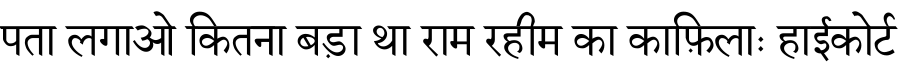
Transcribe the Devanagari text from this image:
पता लगाओ कितना बड़ा था राम रहीम का काफ़िलाः हाईकोर्ट